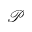
\mathcal { P }